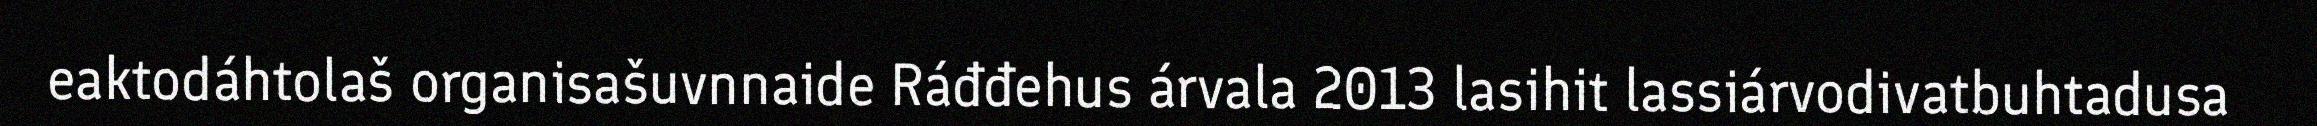
eaktodáhtolaš organisašuvnnaide Ráđđehus árvala 2013 lasihit lassiárvodivatbuhtadusa